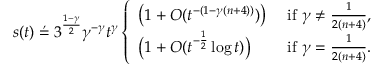
s ( t ) \stackrel { , } { = } 3 ^ { \frac { 1 - \gamma } { 2 } } \gamma ^ { - \gamma } t ^ { \gamma } \left\{ \begin{array} { l l } { \big ( 1 + O ( t ^ { - ( 1 - \gamma ( n + 4 ) ) } ) \big ) } & { \mathrm { ~ i f ~ } \gamma \ne \frac { 1 } { 2 ( n + 4 ) } , } \\ { \big ( 1 + O ( t ^ { - \frac 1 2 } \log t ) \big ) } & { \mathrm { ~ i f ~ } \gamma = \frac { 1 } { 2 ( n + 4 ) } . } \end{array} \right.